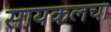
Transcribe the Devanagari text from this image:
सायकलचा